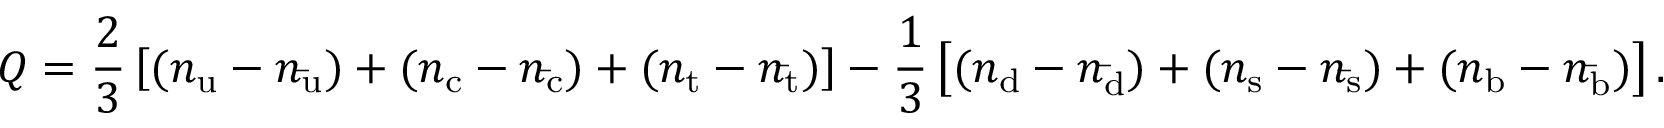
Q = { \frac { 2 } { 3 } } \left[ ( n _ { \mathrm { u } } - n _ { \mathrm { \bar { u } } } ) + ( n _ { \mathrm { c } } - n _ { \mathrm { \bar { c } } } ) + ( n _ { \mathrm { t } } - n _ { \mathrm { \bar { t } } } ) \right] - { \frac { 1 } { 3 } } \left[ ( n _ { \mathrm { d } } - n _ { \mathrm { \bar { d } } } ) + ( n _ { \mathrm { s } } - n _ { \mathrm { \bar { s } } } ) + ( n _ { \mathrm { b } } - n _ { \mathrm { \bar { b } } } ) \right] .